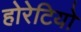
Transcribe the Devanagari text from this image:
होरेटियो